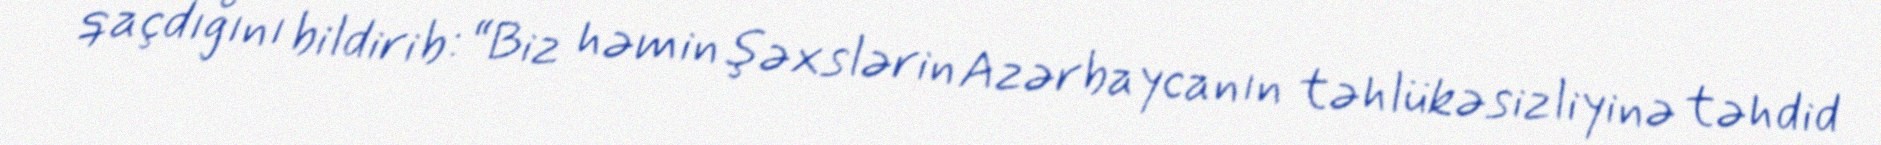
qaçdığını bildirib: “Biz həmin şəxslərin Azərbaycanın təhlükəsizliyinə təhdid